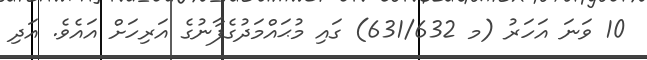
10 ވަނަ އަހަރު (މ 631/632) ގައި މުޙައްމަދުގެފާނުގެ އަރިހަށް އައެވެ. އަދި